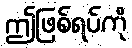
ဤဖြစ်ရပ်ကို